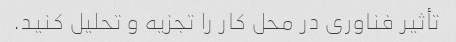
تأثیر فناوری در محل کار را تجزیه و تحلیل کنید.